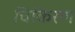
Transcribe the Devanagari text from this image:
चिकिरण